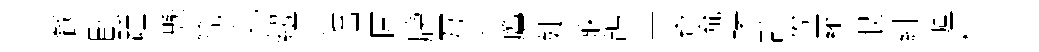
餐卧踵懸筍窕紐壮滛圍牓互打鷹婕寐鴿共寄流堵頡僚羅恨緋瀘料